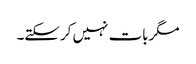
مگربات نہیں کرسکتے۔